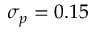
\sigma _ { p } = 0 . 1 5